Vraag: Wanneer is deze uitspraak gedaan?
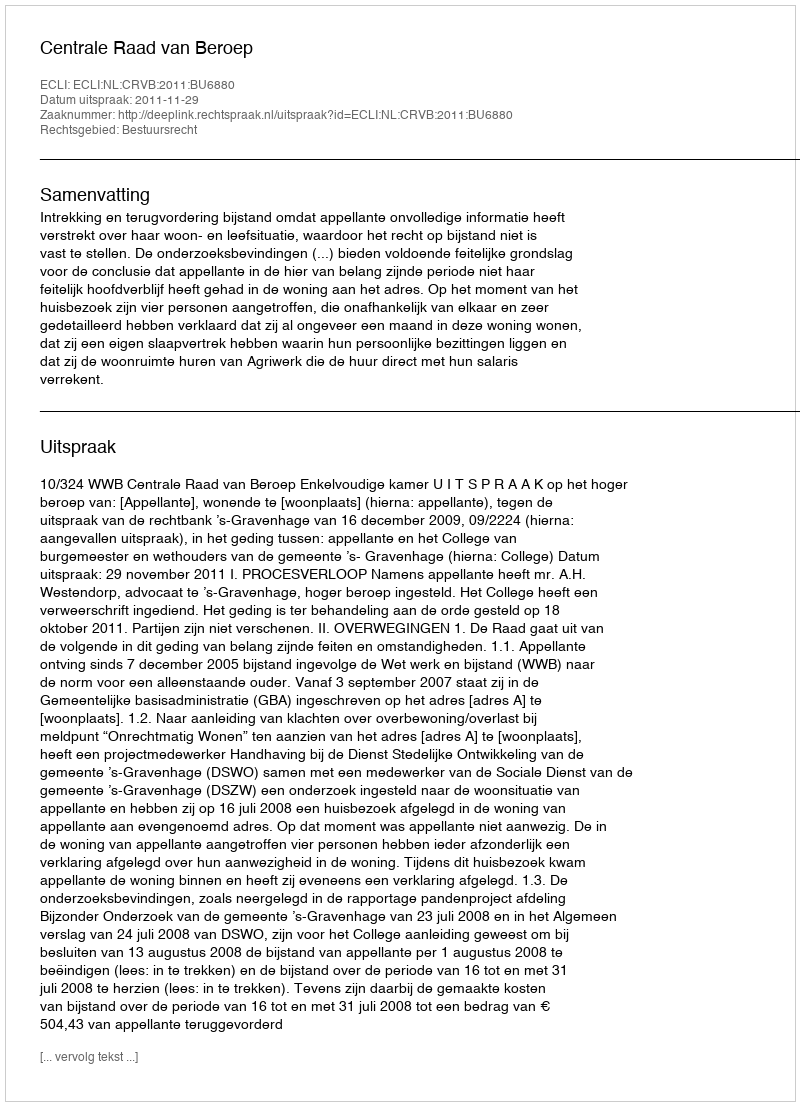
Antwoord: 2011-11-29